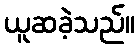
ယူဆခဲ့သည်။